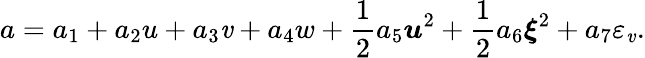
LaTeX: a=a_{1}+a_{2}u+a_{3}\mathit{v}+a_{4}w+\frac{1}{2}a_{5}\boldsymbol{u}^{2}+\frac{1}{2}a_{6}\boldsymbol{\xi}^{2}+a_{7}{\varepsilon_{\mathit{v}}}.